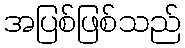
အပြစ်ဖြစ်သည်